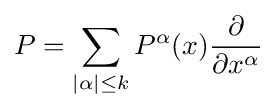
P=\sum _{|\alpha |\leq k}P^{\alpha }(x){\frac {\partial }{\partial x^{\alpha }}}